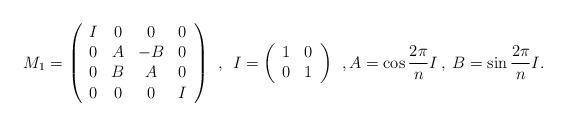
LaTeX: \begin{align*}M_{1} = \left(\begin{array}{cccc}I & 0 & 0 & 0 \\0 & A & -B & 0 \\0 & B & A & 0 \\0 & 0 & 0 & I\end{array}\right) \: \: , \: \:I = \left(\begin{array}{cc}1 & 0 \\0 & 1\end{array}\right) \: \: ,A = \cos \frac{2 \pi}{n} I \:,\:B = \sin \frac{2 \pi}{n} I .\end{align*}